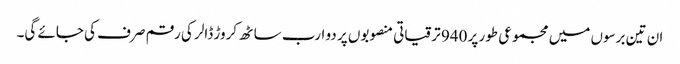
ان تین برسوں میں مجموعی طور پر 940 ترقیاتی منصوبوں پر دو ارب ساٹھ کروڑ ڈالر کی رقم صرف کی جائے گی۔